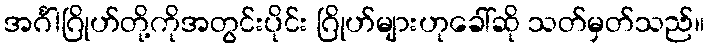
အင်္ဂါဂြိုဟ်တို့ကိုအတွင်းပိုင်း ဂြိုဟ်များဟုခေါ်ဆို သတ်မှတ်သည်။